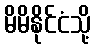
မိမိနိုင်ငံသို့